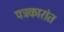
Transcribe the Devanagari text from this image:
पत्रकारांत